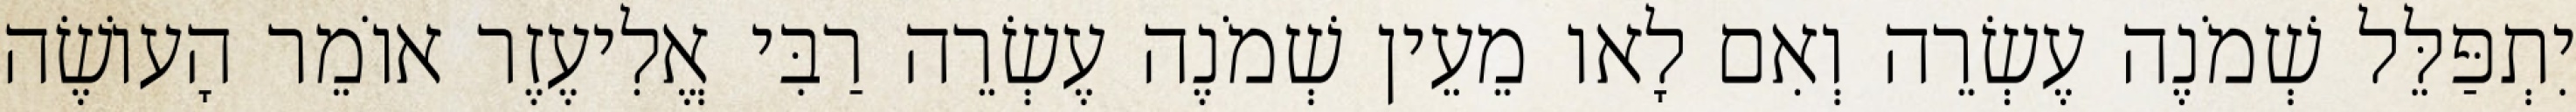
יִתְפַּלֵּל שְׁמֹנֶה עֶשְׂרֵה וְאִם לָאו מֵעֵין שְׁמֹנֶה עֶשְׂרֵה רַבִּי אֱלִיעֶזֶר אוֹמֵר הָעוֹשֶׂה